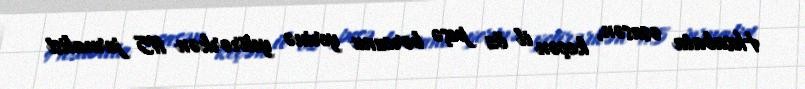
Hesabata əsasən, keçən il öz peşə borcunu yerinə yetirərkən 115 jurnalist